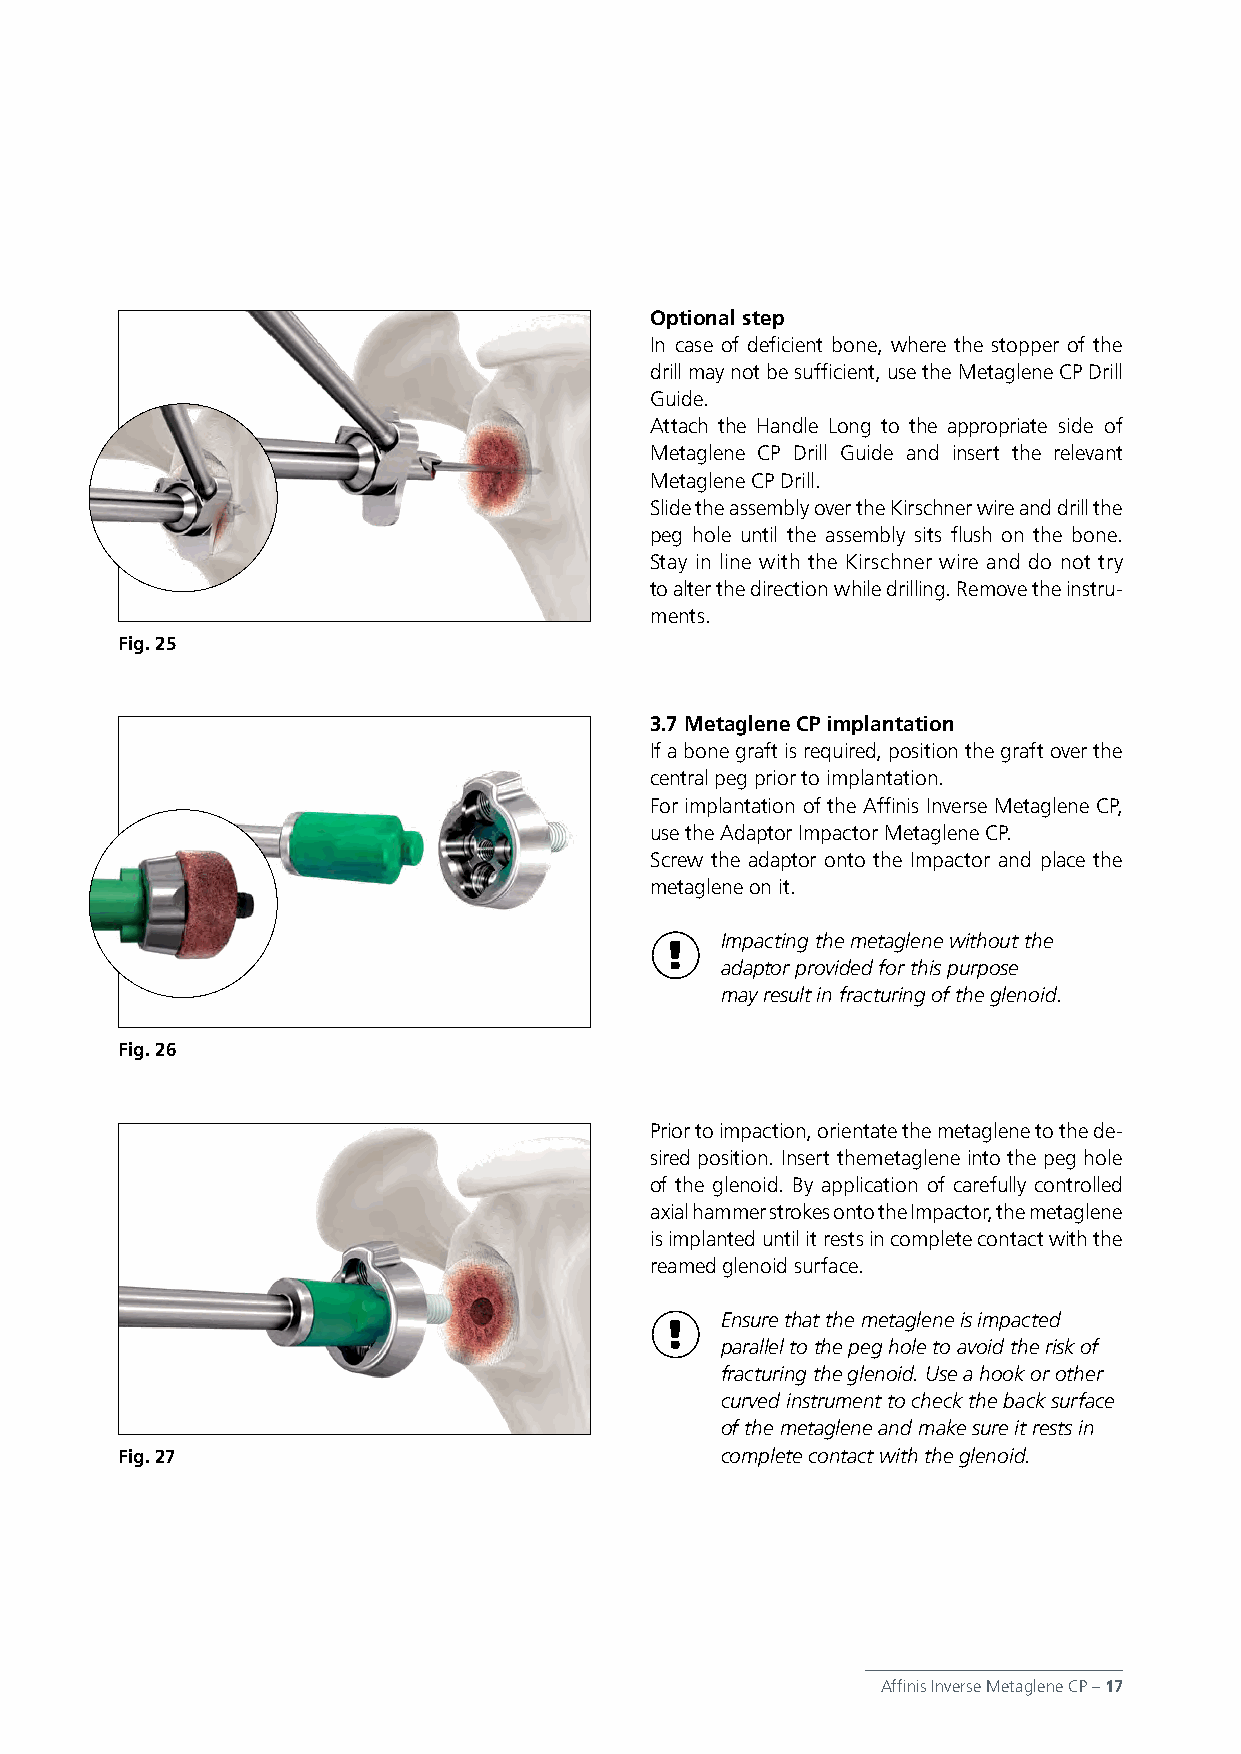
Optional step
 In case of deficient bone, where the stopper of the
 drill may not be sufficient, use the Metaglene CP Drill
 Guide.
 Attach the Handle Long to the appropriate side of
 Metaglene CP Drill Guide and insert the relevant
 Metaglene CP Drill.
 Slide the assembly over the Kirschner wire and drill the
 peg hole until the assembly sits flush on the bone.
 Stay in line with the Kirschner wire and do not try
 to alter the direction while drilling. Remove the instru-
 ments.
 Fig. 25
 3.7 Metaglene CP implantation
 If a bone graft is required, position the graft over the
 central peg prior to implantation.
 For implantation of the Affinis Inverse Metaglene CP,
 use the Adaptor Impactor Metaglene CP.
 Screw the adaptor onto the Impactor and place the
 metaglene on it.
 Impacting the metaglene without the
 adaptor provided for this purpose
 may result in fracturing of the glenoid.
 Fig. 26
 Prior to impaction, orientate the metaglene to the de-
 sired position. Insert themetaglene into the peg hole
 of the glenoid. By application of carefully controlled
 axial hammer strokes onto the Impactor, the metaglene
 is implanted until it rests in complete contact with the
 reamed glenoid surface.
 Ensure that the metaglene is impacted
 parallel to the peg hole to avoid the risk of
 fracturing the glenoid. Use a hook or other
 curved instrument to check the back surface
 of the metaglene and make sure it rests in
 Fig. 27                                 complete contact with the glenoid.
 Affinis Inverse Metaglene CP – 17